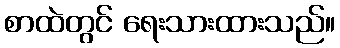
စာထဲတွင် ရေးသားထားသည်။